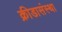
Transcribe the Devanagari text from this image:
क्रीडासंस्था